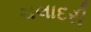
ચલાદરી